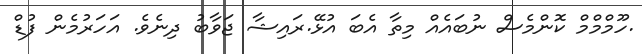
.ހޫމްމްމް ކޮންމެސް ނުބައެއް މިތާ އެބަ އުޅޭ.ރައިޝާ ޖަވާބު ދިނެވެ. އަހަރުމެން ފުޑް